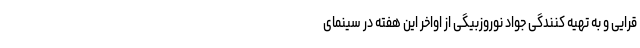
قرایی و به تهیه کنندگی جواد نوروزبیگی از اواخر این هفته در سینمای